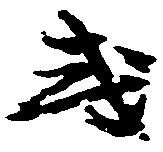
或